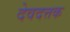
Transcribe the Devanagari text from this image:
देवदत्तक